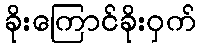
ခိုးကြောင်ခိုးဝှက်